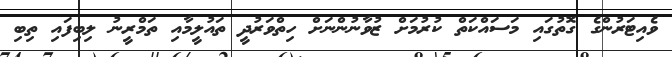
ވެއިޓަރުންގެ ގޮތުގައި މަސައްކަތް ކުރުމަށް ޒުވާނުންނަށް ހިތްވަރުދީ ތައުލީމާއި ތަމްރީނު ލިބިފައި ތިބި